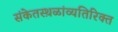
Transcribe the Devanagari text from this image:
संकेतस्थ़ळांव्यतिरिक्त